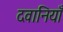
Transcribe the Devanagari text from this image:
दवानियाँ